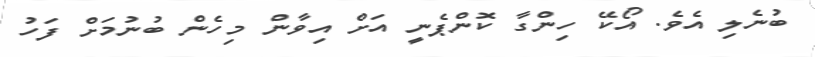
ބުނެލި އެވެ. އޯކޭ ހިންގާ ކޮންޕެނީ އަށް އިވާން މިހެން ބުނުމަށް ފަހު